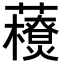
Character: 𧃬